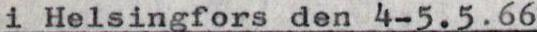
i Helsingfors den 4-5.5.66